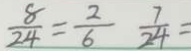
\frac { 8 } { 2 4 } = \frac { 2 } { 6 } \frac { 7 } { 2 4 } =